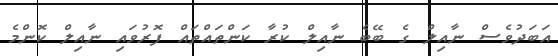
އަބަދުވެސް ނާއިލް ގެ ބޭބެ ނާއިލް ކުރާ ކަންތައްތައް ފޮރުވައި ނާއިލް ކޮންމެ